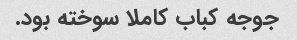
جوجه کباب کاملا سوخته بود.